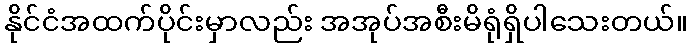
နိုင်ငံအထက်ပိုင်းမှာလည်း အအုပ်အစီးမိရုံရှိပါသေးတယ်။